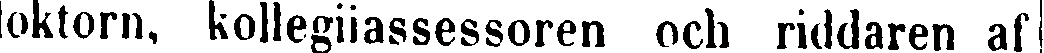
doktorn, kollegiiassessoren och riddaren af